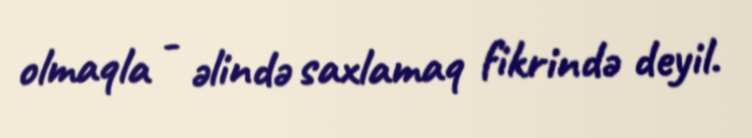
olmaqla - əlində saxlamaq fikrində deyil.